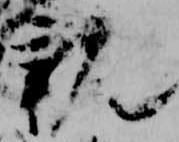
親